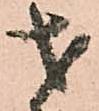
才